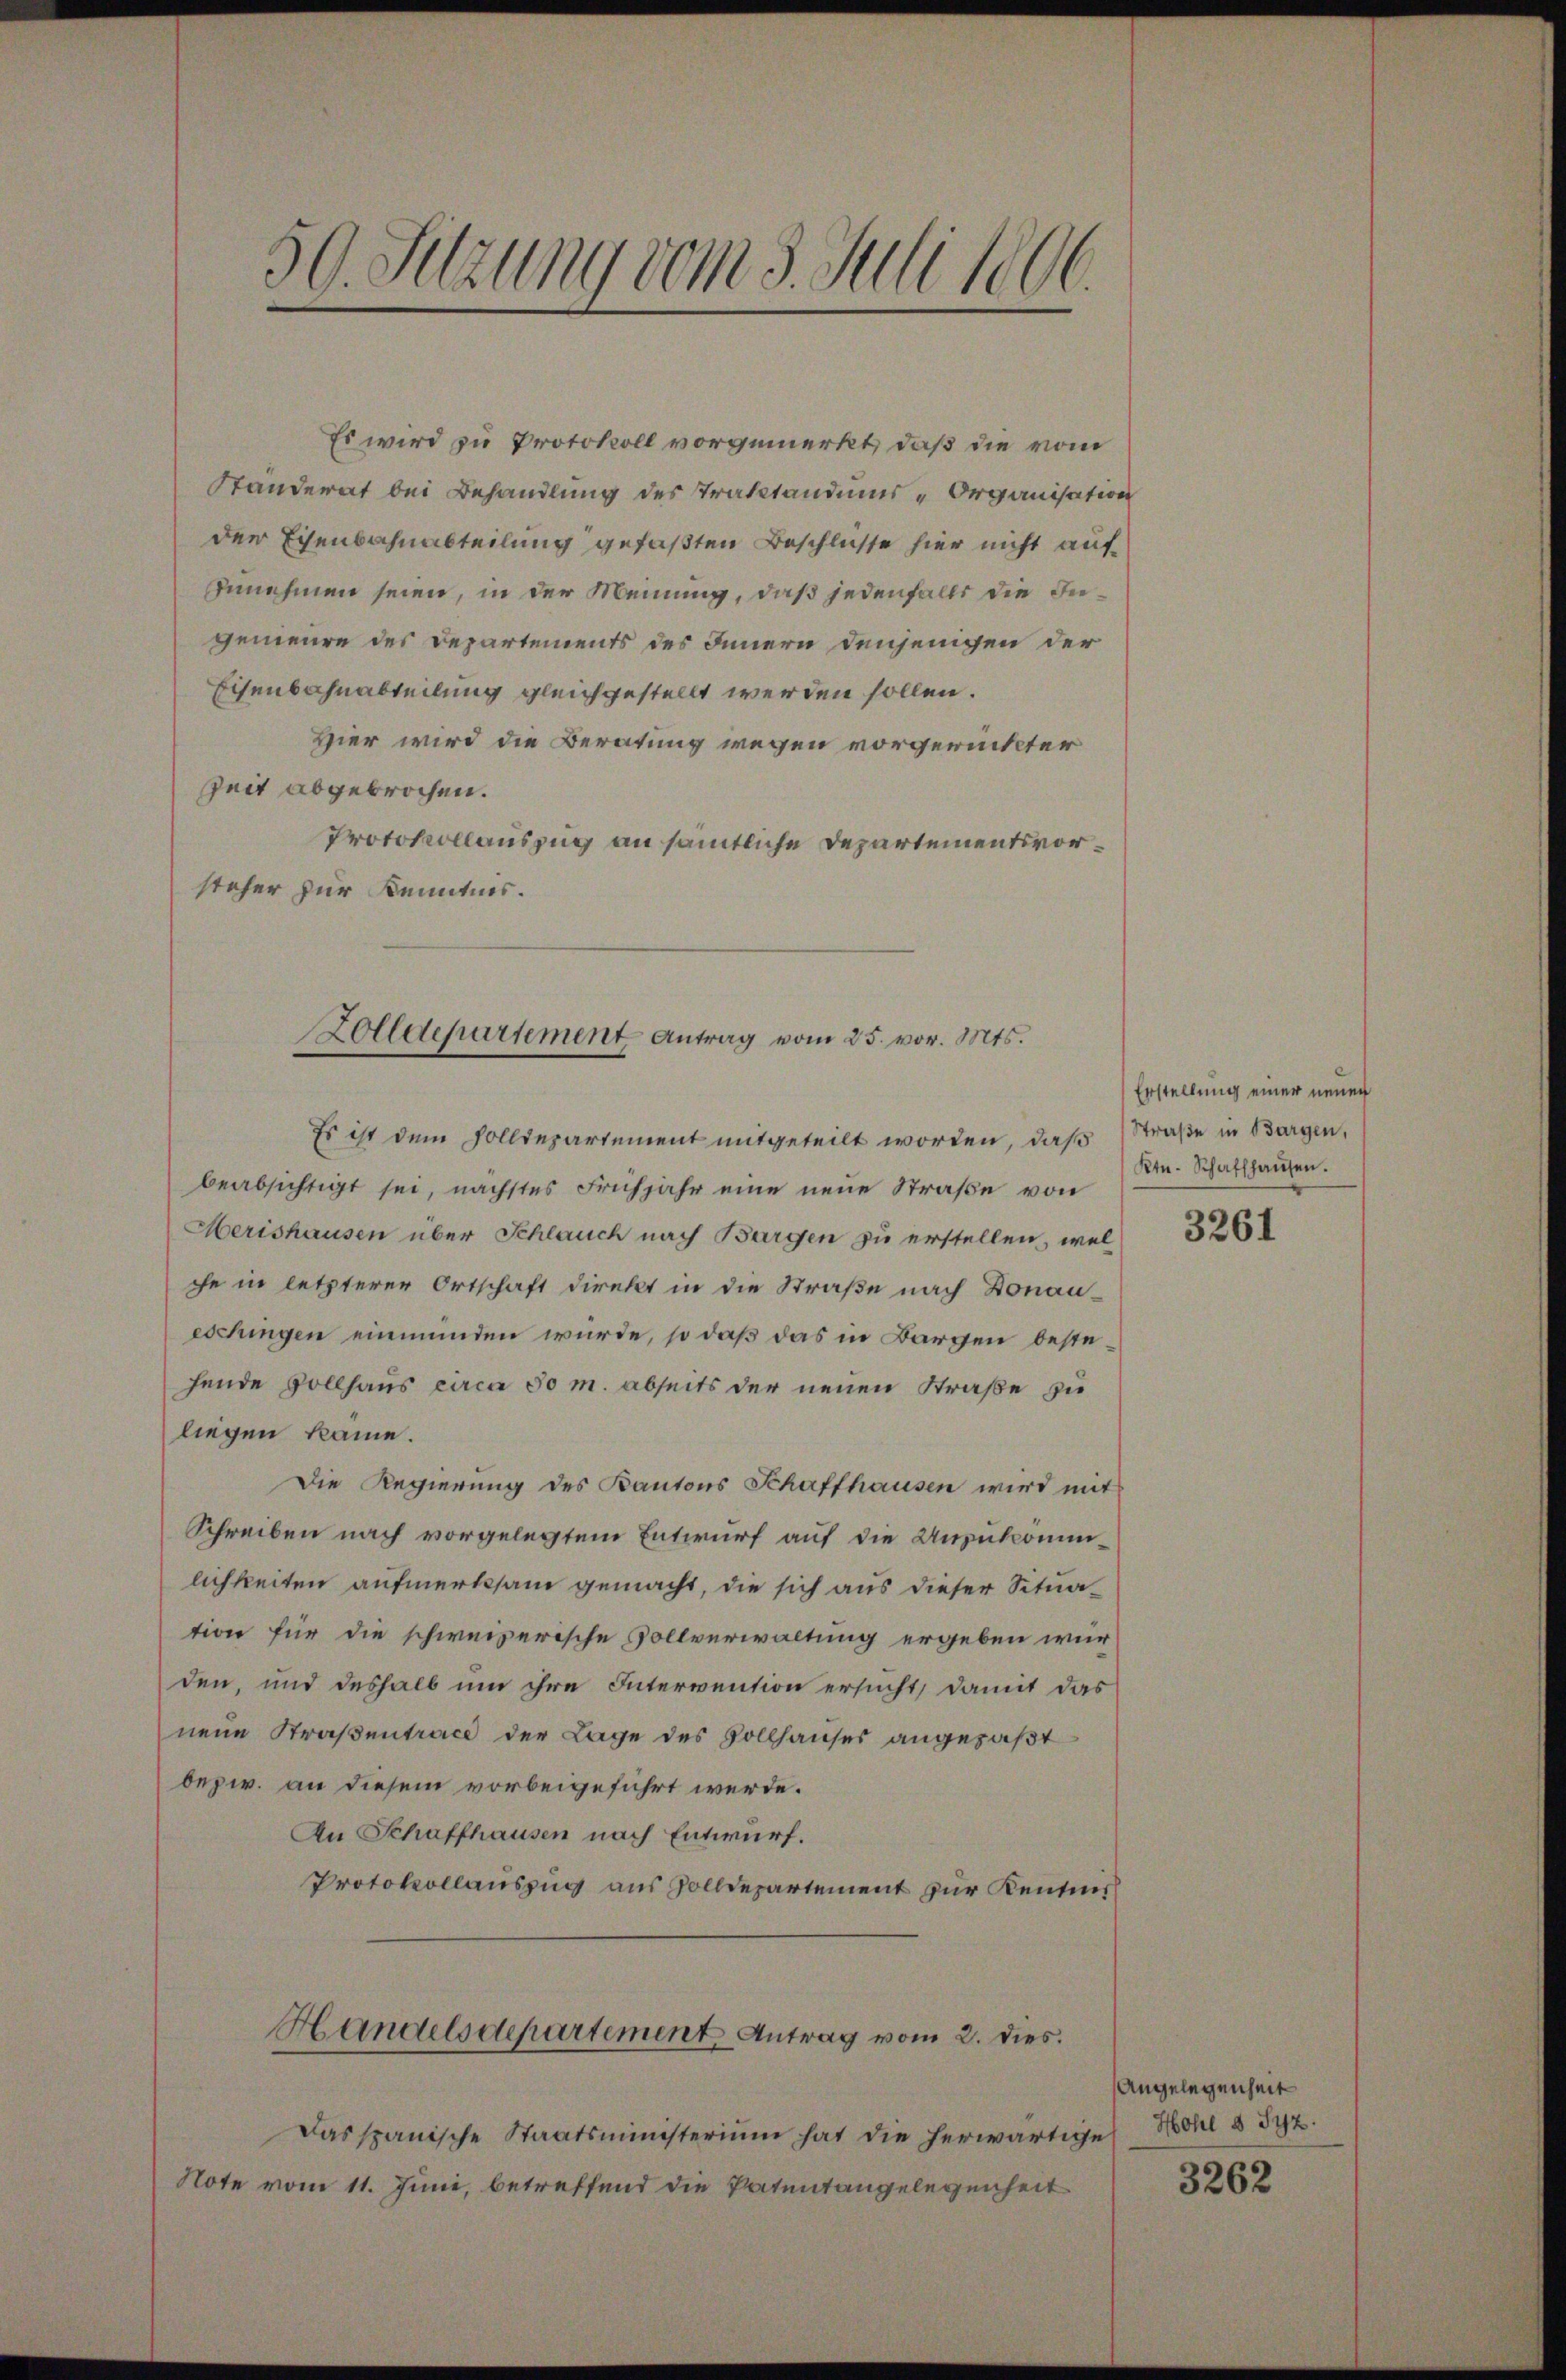
.
59. Sitzung vom 3. Juli leer.

Es wird zu Protokoll vorgemerkt, daß die vom
Ständerat bei Behandlung des Traktandums-Organisation
der Eisenbahnabteilung gefaßten Beschlüsse hier nicht aufzunehmen seien, in der Meinung, daß jedenfalls die Ingenieure des Departements des Innern denjenigen der
Eisenbahnabteilung gleichgestellt werden sollen.
Hier wird die Beratung wegen vorgerückter
Zeit abgebrochen.
Protokollauszug an sämtliche Departementsvorsteher zur Kenntnis.
Es ist dem Zolldepartement mitgeteilt worden, daß Straße in Bargen,
beabsichtigt sei, nächstes Frühjahr eine neue Straße von
Merishausen über Schlauch nach Bargen zu erstellen, wel
che in letzterer Ortschaft direkt in die Straße nach Donau-
eschingen einmünden würde, so daß das in Bargen bestehende Vollhaus circa 30 m. abseits der neuen Straße zu
liegen käme.
Die Regierung des Kantons Schaffhausen wird mit
Schreiben nach vorgelegtem Entwurf auf die Unzukomm
lichkeiten aufmerksam gemacht, die sich aus dieser Situation für die schweizerische Vollverwaltung ergeben wir
den, und deshalb um ihre Intervention ersucht, damit das
nene Straßentrace der Lage des Vollhauses angefaßt
bezw. an diesem vorbeigeführt werde.
An Schaffhausen nach Entwurf.
Protokollauszug aus Zolldepartement zur Kentnis
Handelsdepartement Antrag vom 2. dies
Das spanische Staatsministerium hat die herwärtige Hohl § 542.
Note vom 11. Juni, betreffend die Patentangelegenheit

Zolldepartement Antrag vom 25. vor. Mts.

Erstellung einer neuen
Ktn. Schaffhausen.

3261

Angelegenheit

3262